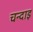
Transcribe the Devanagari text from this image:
चन्दाइ